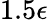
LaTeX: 1.5\epsilon